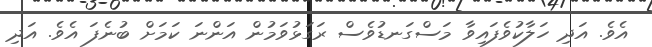
އެވެ. އަދި ހަލާކުވެފައިވާ މަސްގަނޑުވެސް ރަގަޅުވަމުން އަންނަ ކަމަށް ބުނެފަ އެވެ. އަދި